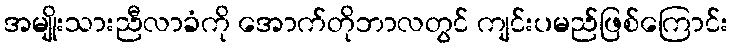
အမျိုးသားညီလာခံကို အောက်တိုဘာလတွင် ကျင်းပမည်ဖြစ်ကြောင်း